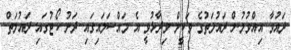
ދައުވާ އިއްވުމުން ދައުލަތުގެ ވަކީލް ވިދާޅުވީ އެ މައްސަލައިގައި ދަށު ކޯޓުގައި ދައުލަތް